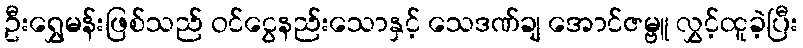
ဦးရွှေမန်းဖြစ်သည် ဝင်ငွေနည်းသောနှင့် သေဒဏ်ချ အောင်ဇမ္ဗူ လွှင့်ထူခဲ့ပြီး